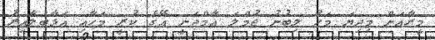
މީރާއަށް މިދިޔަ މަހު ލިބުނު ޖުމްލަ އާމްދަނީ އޭގެ ކުރީ މަހާއި އަޅާބަލާއިރު